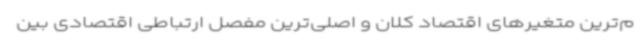
م‌ترین متغیرهای اقتصاد کلان و اصلی‌ترین مفصل ارتباطی اقتصادی بین